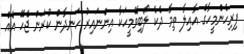
ފިރިހެންމީހާގެ އާއިލާ ތިމާ ދެކެ ލޯބިވޭމީހަކާ އިންނައިރު ހަނދާން ކުރަން ޖެހޭ އެއް